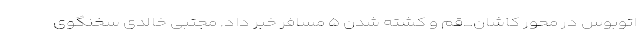
اتوبوس در محور کاشان_قم و کشته شدن ۵ مسافر خبر داد. مجتبی خالدی سخنگوی